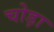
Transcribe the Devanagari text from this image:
चोड़ा